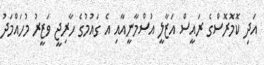
އަދި ކޮމޮރޮސްގެ ރައީސް އަޒާލީ އުސްމާނީއާއި އެ ގައުމުގެ ހާރިޖީ ވަޒީރު މުހައްމަދު